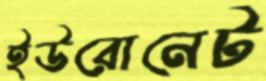
ইউরোনেট